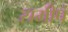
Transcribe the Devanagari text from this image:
समीपं